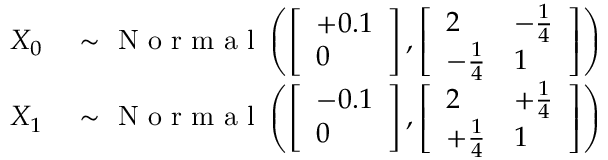
\begin{array} { r l } { X _ { 0 } } & { { } \sim \mathrm { ~ N ~ o ~ r ~ m ~ a ~ l ~ } \left( \left[ \begin{array} { l } { + 0 . 1 } \\ { 0 } \end{array} \right] , \left[ \begin{array} { l l } { 2 } & { - \frac { 1 } { 4 } } \\ { - \frac { 1 } { 4 } } & { 1 } \end{array} \right] \right) } \\ { X _ { 1 } } & { { } \sim \mathrm { ~ N ~ o ~ r ~ m ~ a ~ l ~ } \left( \left[ \begin{array} { l } { - 0 . 1 } \\ { 0 } \end{array} \right] , \left[ \begin{array} { l l } { 2 } & { + \frac { 1 } { 4 } } \\ { + \frac { 1 } { 4 } } & { 1 } \end{array} \right] \right) } \end{array}